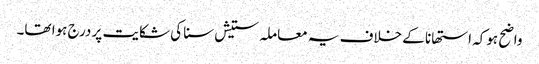
واضح ہوکہ استھانا کے خلاف یہ معاملہ ستیش سنا کی شکایت پر درج ہوا تھا۔